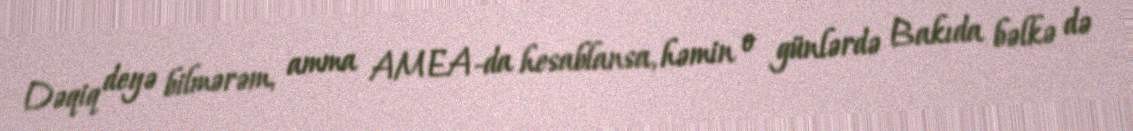
Dəqiq deyə bilmərəm, amma AMEA-da hesablansa, həmin o günlərdə Bakıda bəlkə də